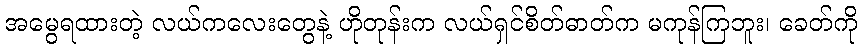
အမွေရထားတဲ့ လယ်ကလေးတွေနဲ့ ဟိုတုန်းက လယ်ရှင်စိတ်ဓာတ်က မကုန်ကြဘူး၊ ခေတ်ကို